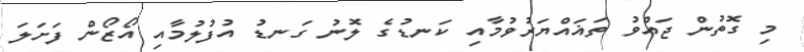
މި ގޮތުން ޖައްވު ތަޣައްޔަރުވުމާއި ކަނޑުގެ ލޮނު ގަނޑު އުފުލުމާއި އޯޒޯން ފަށަލަ